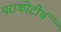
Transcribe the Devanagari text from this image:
पराकोटीचं